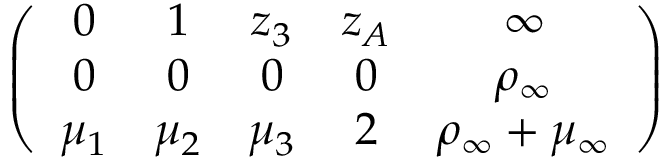
\left( \begin{array} { c c c c c } { { 0 } } & { { 1 } } & { { z _ { 3 } } } & { { z _ { A } } } & { { \infty } } \\ { { 0 } } & { { 0 } } & { { 0 } } & { { 0 } } & { { \rho _ { \infty } } } \\ { { \mu _ { 1 } } } & { { \mu _ { 2 } } } & { { \mu _ { 3 } } } & { { 2 } } & { { \rho _ { \infty } + \mu _ { \infty } } } \end{array} \right)